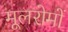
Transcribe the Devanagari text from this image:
मूलरोमों